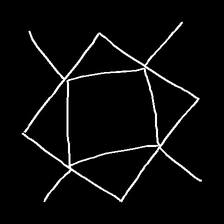
Glyph: light